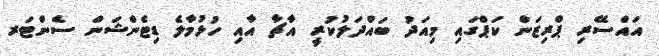
އައްސޭރި ޕްރިޒަން ކަޕްގައި މިއަދު ބައްދަލުކުރީ އާޗާ އާއި ހުޅުމާލެ ޑިޓެންޝަން ސެންޓަރ